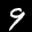
Label: 9